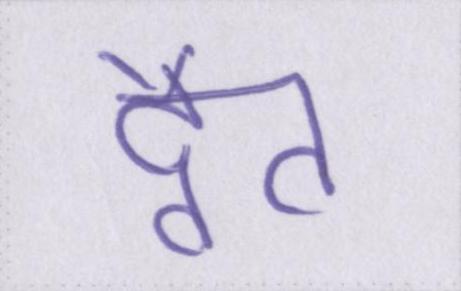
द्वैत